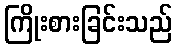
ကြိုးစားခြင်းသည်